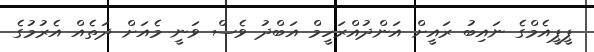
ޕީޕީއެމްގެ ނައިބު ރައީށް އަންދުއްރަހީމް އަބްދު ވެސް ވަނީ މެއަށް ދަތެއް އެރުމުގެ